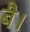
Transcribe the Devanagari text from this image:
बै।